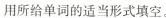
用所给单词的适当形式填空.